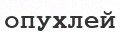
опухлей